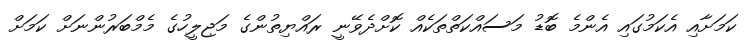
ކަަމަށާއި އެކަމުގައި އެންމެ ބޮޑު މަސައްކަތްތަކެއް ކޮށްދެވޭނީ ރައްޔިތުންގެ މަޖިލީހުގެ މެމްބަރުންނަށް ކަމަށް